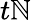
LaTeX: t\mathbb{N}